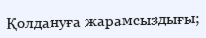
Қолдануға жарамсыздығы;